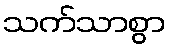
သက်သာစွာ